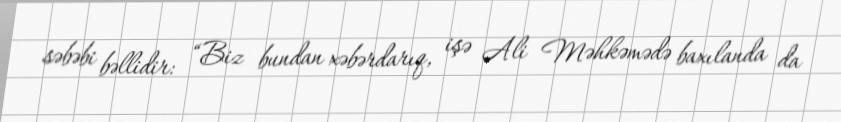
səbəbi bəllidir: “Biz bundan xəbərdarıq, işə Ali Məhkəmədə baxılanda da